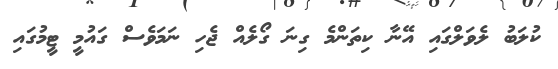
ކުލަބު ލެވަލްގައި އޭނާ ކިތަންމެ ގިނަ ގޯލެއް ޖެހި ނަމަވެސް ގައުމީ ޓީމުގައި